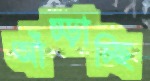
আঁচ্‌ড়াচ্ছি